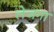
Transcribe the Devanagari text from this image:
लेजगा